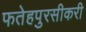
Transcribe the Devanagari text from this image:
फतेहपुरसीकरी